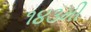
૧૪૩મી